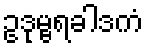
ဥဒုမ္ဗရခါဒကံ